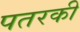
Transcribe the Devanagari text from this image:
पतरकी